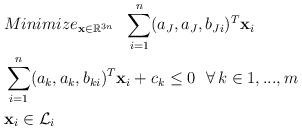
LaTeX: \begin{align*} & Minimize_{\mathbf{x}\in\mathbb{R}^{3n}}\ \ \sum\limits_{i=1}^n(a_J,a_J,b_{Ji})^T\mathbf{x}_i\\ &\sum\limits_{i=1}^n(a_k,a_k,b_{ki})^T\mathbf{x}_i+c_k\le0\ \ \forall\,k\in{1,...,m}\\ & \mathbf{x}_i\in\mathcal{L}_i \end{align*}